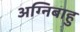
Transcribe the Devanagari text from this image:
अग्निबाहु